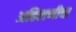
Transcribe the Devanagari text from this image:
अहिराणीचा